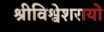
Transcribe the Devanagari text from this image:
श्रीविश्वेशरायो